Veterinary regulations India, 1939 -
Year: 1939
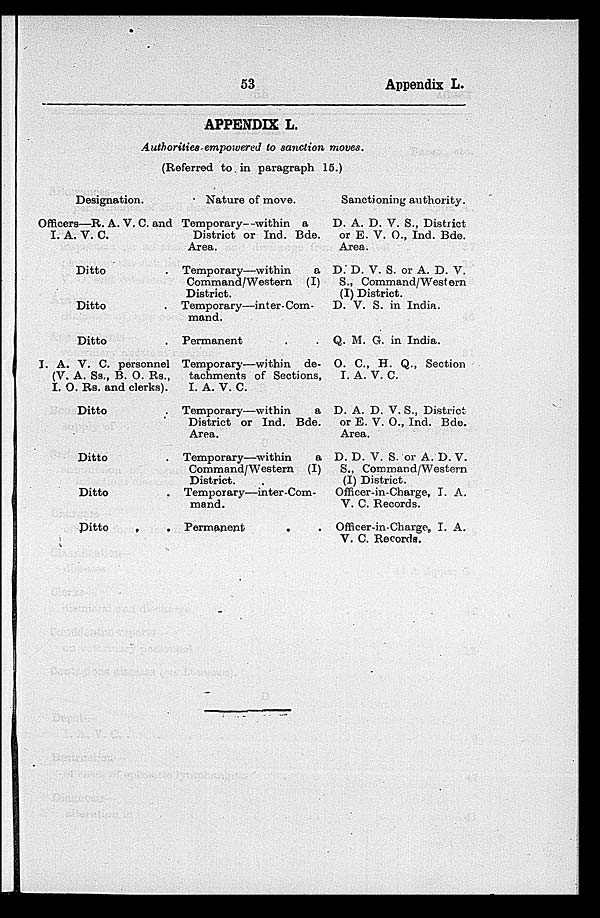
53
Appendix L.
APPENDIX L.
Authorities empowered to sanction moves.
(Referred to in paragraph 15.)
Designation.
Officers—R. A. V. C. and
I. A. V. C.
Ditto .
Ditto .
Ditto .
I. A. V. C. personnel
(V. A. Ss., B. O. Rs.,
I. O. Rs. and clerks).
Ditto .
Ditto .
Ditto .
Ditto
.
.
Nature of move.
Temporary—within a
District or Ind. Bde.
Area.
Temporary—within
a
Command/Western (I)
District.
Temporary—inter- Com-
mand.
Permanent . .
Temporary—within de-
tachments of Sections,
I. A. V. C.
Temporary—within
a
District or Ind. Bde.
Area.
Temporary—within
a
Command/Western (I)
District.
Temporary—inter-Com-
mand.
Permanent
.
.
Sanctioning authority.
D. A. D. V. S., District
or E. V. O., Ind. Bde.
Area.
D. D. V. S. or A. D. V.
S., Command/Western
(I) District.
D. V. S. in India.
Q. M. G. in India.
O. C., H. Q., Section
I. A. V. C.
D. A. D. V. S., District
or E. V. O., Ind. Bde.
Area.
D. D. V. S. or A. D. V.
S., Command/Western
(I) District.
Officer-in-Charge, I. A.
V. C. Records.
Officer-in-Charge, I. A.
V. C. Records.